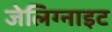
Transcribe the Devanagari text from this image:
जेलिग्नाइट